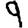
Digit: 9